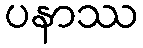
ပနာဿ